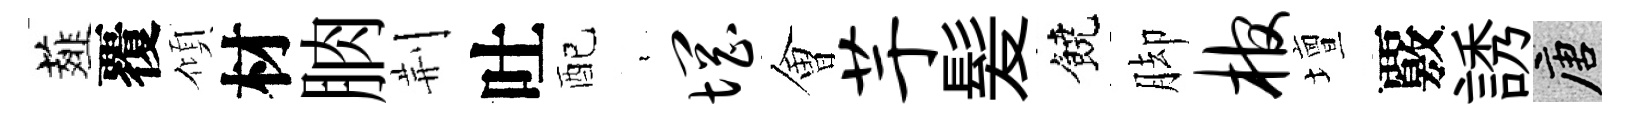
薤覆傾材朒荆吐配裊惘㑹芋髪饒脚棺壇覈誘唐